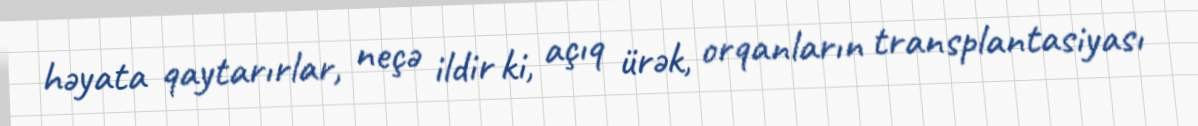
həyata qaytarırlar, neçə ildir ki, açıq ürək, orqanların transplantasiyası